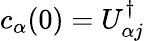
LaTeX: c_{\alpha}(0)=U_{\alpha j}^{\dagger}